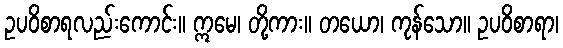
ဥပဝိစာရလည်းကောင်း။ ဣမေ၊ တို့ကား။ တယော၊ ကုန်သော။ ဥပဝိစာရာ၊